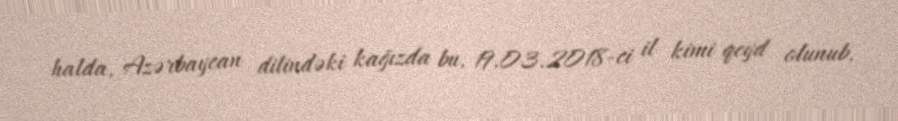
halda, Azərbaycan dilindəki kağızda bu, 19.03.2018-ci il kimi qeyd olunub.